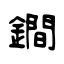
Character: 鐧